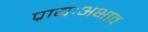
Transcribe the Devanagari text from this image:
प्रायःअभाव